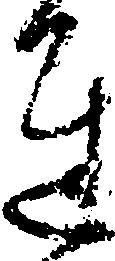
達